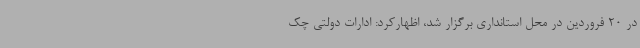
در 20 فروردین در محل استانداری برگزار شد، اظهارکرد: ادارات دولتی چک